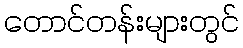
တောင်တန်းများတွင်